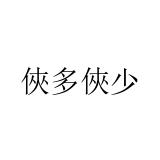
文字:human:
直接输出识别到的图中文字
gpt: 俠多俠少